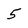
Character: 5